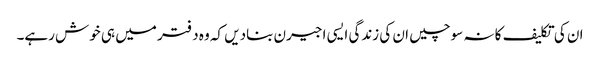
ان کی تکلیف کا نہ سوچیں ان کی زندگی ایسی اجیرن بنادیں کہ وہ دفتر میں ہی خوش رہے۔